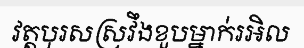
វត្តបុរសស្រវឹងខួបម្នាក់រអិល